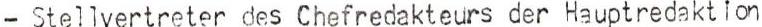
- Stellvertreter des Chefredakteurs der Hauptredaktion